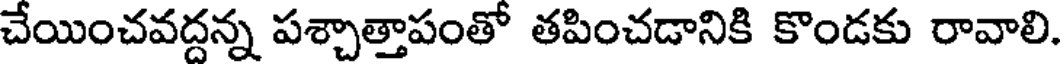
చేయించవద్దన్న పశ్చాత్తాపంతో తపించడానికి కొండకు రావాలి.